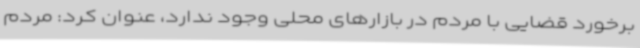
برخورد قضایی با مردم در بازارهای محلی وجود ندارد، عنوان کرد: مردم